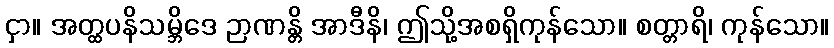
ငှာ။ အတ္ထပနိသမ္ဘိဒေ ဉာဏန္တိ အာဒီနိ၊ ဤသို့အစရှိကုန်သော။ စတ္တာရိ၊ ကုန်သော။